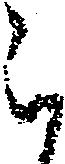
被